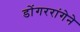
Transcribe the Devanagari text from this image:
डोंगररांगेने